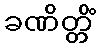
ခဏိတ္တိံ